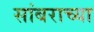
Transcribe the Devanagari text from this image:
सांबराच्या